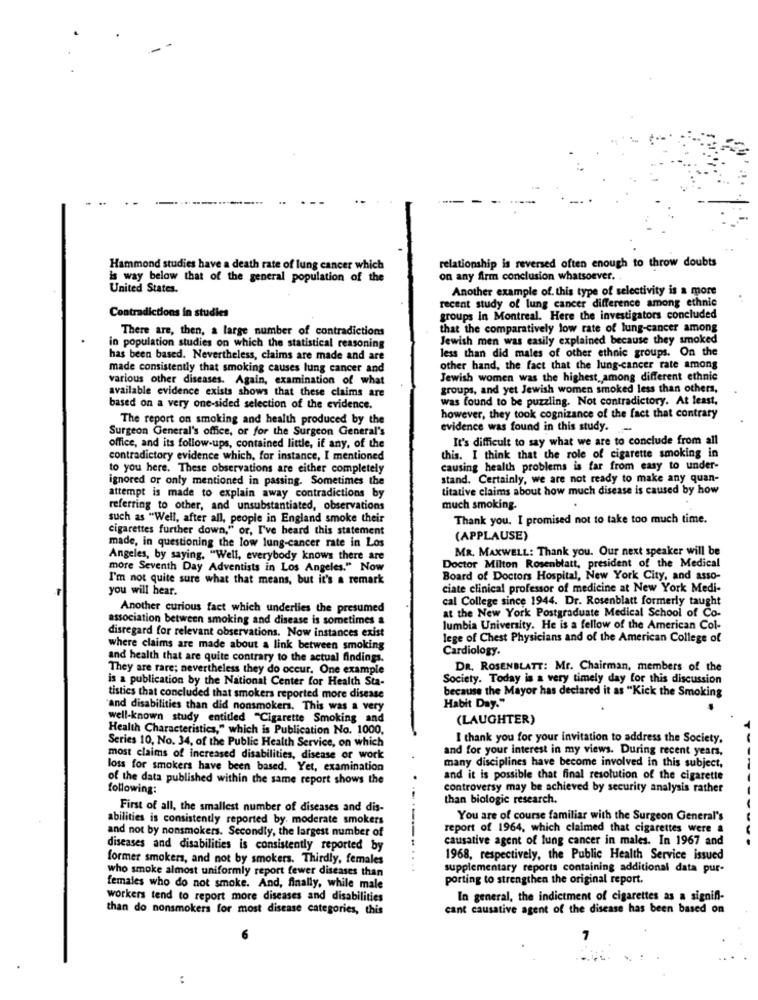
relationship is reversed often enough to throw doubts
Hammond studies have a death rate of lung cancer which
is way below that of the general population of the
on any firm conclusion whatsoever.
United States.
Another example of. this type of selectivity is a more
recent study of lung cancer difference among ethnic
Contradictions in studies
groups In Montreal. Here the investigators concluded
There are, then, a large number of contradictions
that the comparatively low rate of lung-cancer among
Jewish men was easily explained because they smoked
in population studies on which the statistical reasoning
less than did males of other ethnic groups. On the
has been based. Nevertheless, claims are made and are
made consistently that smoking causes lung cancer and
other hand, the fact that the lung cancer rate among
various other diseases. Again, examination of what
Jewish women was the highest among different ethnic
available evidence exists shows that these claims are
groups, and yet Jewish women smoked less than others,
was found to be puzzling. Not contradictory. At least,
based on a very one-sided selection of the evidence.
The report on smoking and health produced by the
however, they took cognizance of the fact that contrary
Surgeon General's office, or for the Surgeon General's
evidence was found in this study. -
It's difficult to say what we are to conclude from all
office, and its follow-ups, contained little, if any, of the
contradictory evidence which, for instance, I mentioned
this. I think that the role of cigarette smoking in
to you here. These observations are either completely
causing health problems is far from easy to under-
ignored or only mentioned in passing. Sometimes the
stand. Certainly, we are not ready to make any quan-
titative claims about how much disease is caused by how
attempt is made to explain away contradictions by
referring to other, and unsubstantiated, observations
much smoking.
such as "Well, after all, people in England smoke their
Thank you. I promised not to take too much time.
cigarettes further down," or, I've heard this statement
(APPLAUSE)
made, in questioning the low lung-cancer rate in Los
MR. MAXWELL: Thank you. Our next speaker will be
Angeles, by saying. "Well, everybody knows there are
Doctor Milton Rosenblatt, president of the Medical
more Seventh Day Adventists in Los Angeles." Now
I'm not quite sure what that means, but it's a remark
Board of Doctors Hospital, New York City, and asso-
you will hear.
ciate clinical professor of medicine at New York Medi-
cal College since 1944. Dr. Rosenblatt formerly taught
Another curious fact which underlies the presumed
association between smoking and disease is sometimes &
at the New York Postgraduate Medical School of Co-
lumbia University. He is a fellow of the American Col-
disregard for relevant observations. Now instances exist
lege of Chest Physicians and of the American College of
where claims are made about a link between smoking
Cardiology.
and health that are quite contrary to the actual findings.
They are rare; nevertheless they do occur. One example
DR. ROSENBLATT: Mr. Chairman, members of the
is a publication by the National Center for Health Sta-
Society. Today is a very timely day for this discussion
because the Mayor has declared it as "Kick the Smoking
tistics that concluded that smokers reported more disease
Habit Day."
"and disabilities than did nonsmokers. This was a very
well-known study entitled "Cigarette Smoking and
(LAUGHTER)
Health Characteristics," which is Publication No. 1000,
I thank you for your invitation to address the Society,
Series 10, No. 34, of the Public Health Service, on which
and for your interest in my views. During recent years,
most claims of increased disabilities, disease or work
loss for smokers have been based. Yet, examination
many disciplines have become involved in this subject,
of the data published within the same report shows the
and it is possible that final resolution of the cigarette
following:
controversy may be achieved by security analysis rather
than biologic research.
First of all, the smallest number of diseases and dis-
abilities is consistently reported by. moderate smokers
You are of course familiar with the Surgeon General's
and not by nonsmokers. Secondly, the largest number of
report of 1964, which claimed that cigarettes were a
causative agent of lung cancer in males. In 1967 and
diseases and disabilities is consistently reported by
former smokers, and not by smokers. Thirdly, females
1968, respectively, the Public Health Service issued
who smoke almost uniformly report fewer diseases than
supplementary reports containing additional data pur-
porting to strengthen the original report.
females who do not smoke. And, finally, while male
workers tend to report more diseases and disabilities
In general, the indictment of cigarettes as a signifi-
than do nonsmokers for most disease categories, this
cant causative agent of the disease has been based on